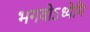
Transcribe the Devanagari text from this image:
भगवोऽध्येमि